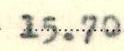
15.70